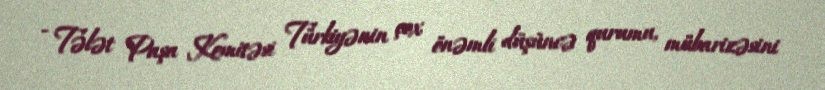
- Tələt Paşa Komitəsi Türkiyənin çox önəmli düşüncə qurumu, mübarizəsini